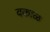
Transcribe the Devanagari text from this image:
बकाळ